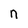
Character: n